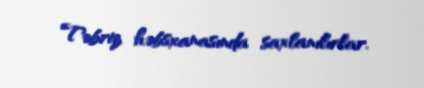
Təbriz həbsxanasında saxlanılırlar.